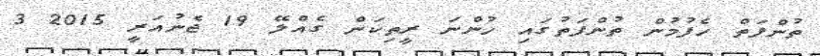
ތުންފަތް ހެފުމުން ތުންފަތުގައި ހުންނަ ރީތިކަން ގެއްލޭ 19 ޖެނުއަރީ 2015 3